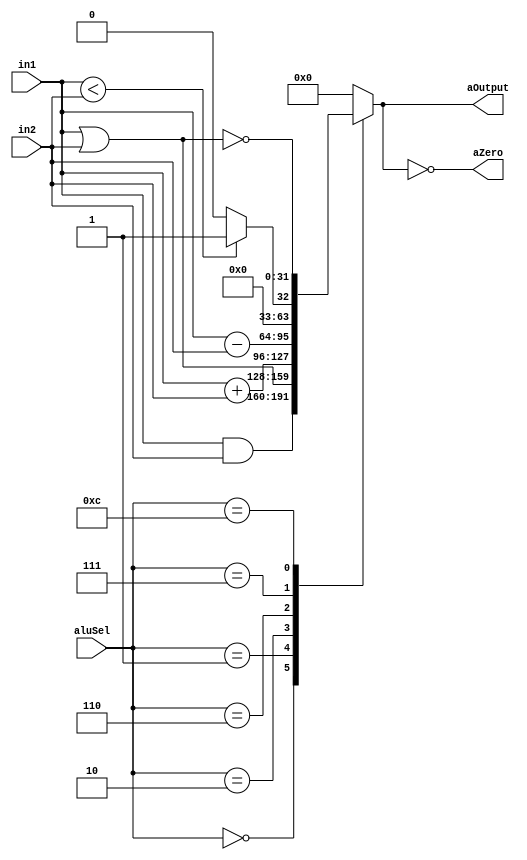
module alu(
    input [3:0] aluSel ,
    input [31:0] in1 ,
    input [31:0] in2 ,
    output aZero , 
    output [31:0] aOutput,
);

assign aZero = (!aOutput)  ; // if this equal zero will return 1 to aZero

always@(in1,in2,aluSel)
begin
    case(aluSel)
    0 :  aOutput <= in1 & in2 ; // and
    1 :  aOutput <= in1 | in2 ; // or
    2 :  aOutput <= in1 + in2 ; // add
    6 :  aOutput <= in1 - in2 ; // sub
    7 :  aOutput <= in1 < in2 ? 1 : 0 ; // bnq
    12:  aOutput <= ~ (in1|in2) ; // nor 
    default : aOutput <= 0 ;
    endcase 
end
endmodule